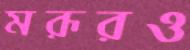
মরূরও